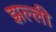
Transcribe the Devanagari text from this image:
झल्ली